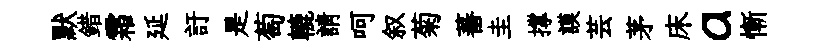
默錯霜延訏是萄轆請呵叙菊蕃圭撑謨芸茅床a慚